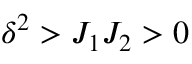
\delta ^ { 2 } > J _ { 1 } J _ { 2 } > 0